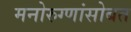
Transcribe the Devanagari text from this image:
मनोरुग्णांसोबत